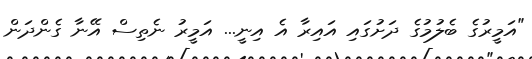
"އަމީރުގެ ބެލުމުގެ ދަށުގައި އައިރާ އެ އިނީ... އަމީރު ނެތިސް އޭނާ ގެންދަން